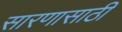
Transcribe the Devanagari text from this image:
सारणासाठी